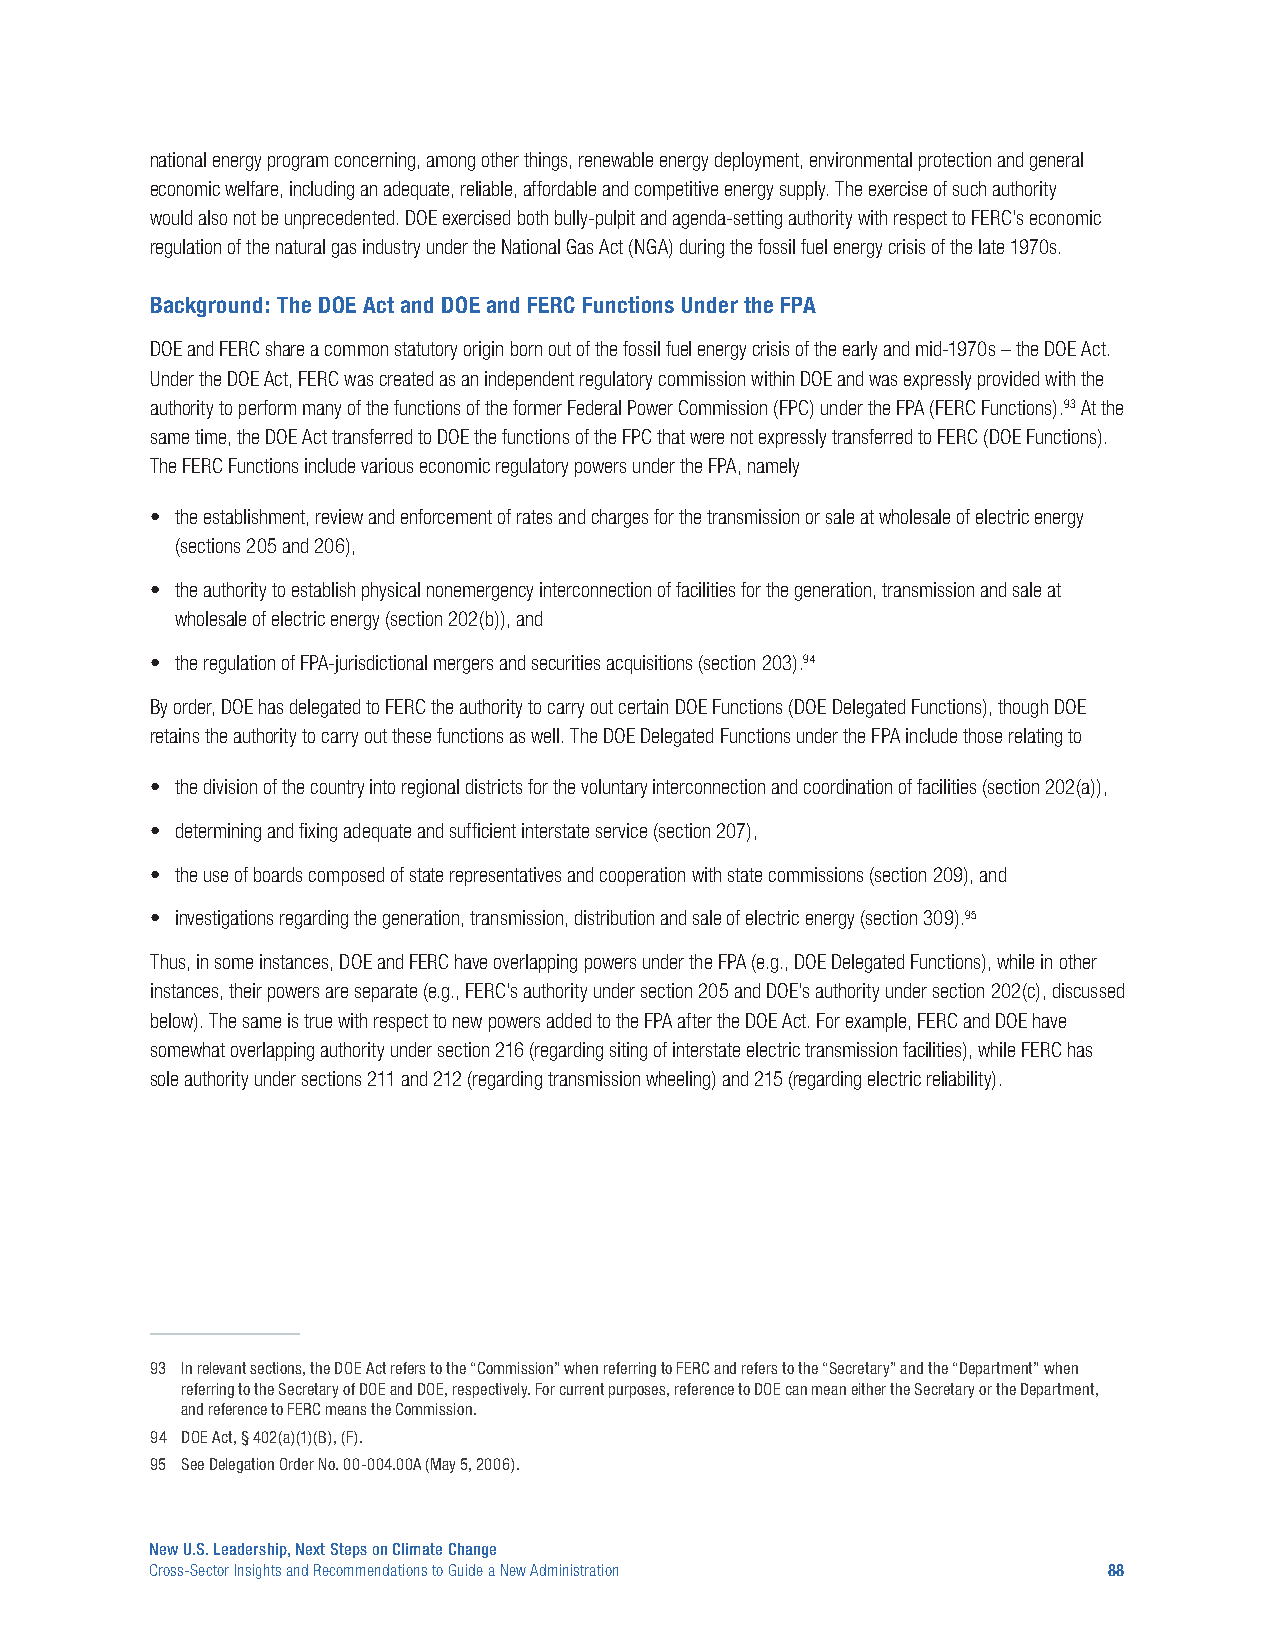
national energy program concerning, among other things, renewable energy deployment, environmental protection and general
 economic welfare, including an adequate, reliable, affordable and competitive energy supply. The exercise of such authority
 would also not be unprecedented. DOE exercised both bully-pulpit and agenda-setting authority with respect to FERC’s economic
 regulation of the natural gas industry under the National Gas Act (NGA) during the fossil fuel energy crisis of the late 1970s.
 Background: The DOE Act and DOE and FERC Functions Under the FPA
 DOE and FERC share a common statutory origin born out of the fossil fuel energy crisis of the early and mid-1970s – the DOE Act.
 Under the DOE Act, FERC was created as an independent regulatory commission within DOE and was expressly provided with the
 authority to perform many of the functions of the former Federal Power Commission (FPC) under the FPA (FERC Functions).93 At the
 same time, the DOE Act transferred to DOE the functions of the FPC that were not expressly transferred to FERC (DOE Functions).
 The FERC Functions include various economic regulatory powers under the FPA, namely
 • the establishment, review and enforcement of rates and charges for the transmission or sale at wholesale of electric energy
 (sections 205 and 206),
 • the authority to establish physical nonemergency interconnection of facilities for the generation, transmission and sale at
 wholesale of electric energy (section 202(b)), and
 • the regulation of FPA-jurisdictional mergers and securities acquisitions (section 203).94
 By order, DOE has delegated to FERC the authority to carry out certain DOE Functions (DOE Delegated Functions), though DOE
 retains the authority to carry out these functions as well. The DOE Delegated Functions under the FPA include those relating to
 • the division of the country into regional districts for the voluntary interconnection and coordination of facilities (section 202(a)),
 • determining and fixing adequate and sufficient interstate service (section 207),
 • the use of boards composed of state representatives and cooperation with state commissions (section 209), and
 • investigations regarding the generation, transmission, distribution and sale of electric energy (section 309).95
 Thus, in some instances, DOE and FERC have overlapping powers under the FPA (e.g., DOE Delegated Functions), while in other
 instances, their powers are separate (e.g., FERC’s authority under section 205 and DOE’s authority under section 202(c), discussed
 below). The same is true with respect to new powers added to the FPA after the DOE Act. For example, FERC and DOE have
 somewhat overlapping authority under section 216 (regarding siting of interstate electric transmission facilities), while FERC has
 sole authority under sections 211 and 212 (regarding transmission wheeling) and 215 (regarding electric reliability).
 93 In relevant sections, the DOE Act refers to the “Commission” when referring to FERC and refers to the “Secretary” and the “Department” when
 referring to the Secretary of DOE and DOE, respectively. For current purposes, reference to DOE can mean either the Secretary or the Department,
 and reference to FERC means the Commission.
 94 DOE Act, § 402(a)(1)(B), (F).
 95 See Delegation Order No. 00-004.00A (May 5, 2006).
 New U.S. Leadership, Next Steps on Climate Change
 Cross-Sector Insights and Recommendations to Guide a New Administration 88